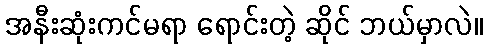
အနီးဆုံးကင်မရာ ရောင်းတဲ့ ဆိုင် ဘယ်မှာလဲ။